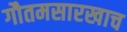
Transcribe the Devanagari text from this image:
गौतमसारखाच